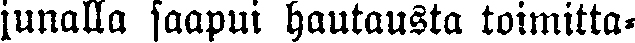
junalla saapui hautausta toimitta-